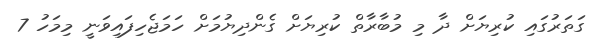
ގަތަރުގައި ކުރިޔަށް ދާ މި މުބާރާތް ކުރިޔަށް ގެންދިޔުމަށް ހަމަޖެހިފައިވަނީ މިމަހު 7